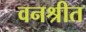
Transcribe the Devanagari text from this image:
वनश्रीत